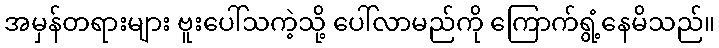
အမှန်တရားများ ဗူးပေါ်သကဲ့သို့ ပေါ်လာမည်ကို ကြောက်ရွံ့နေမိသည်။